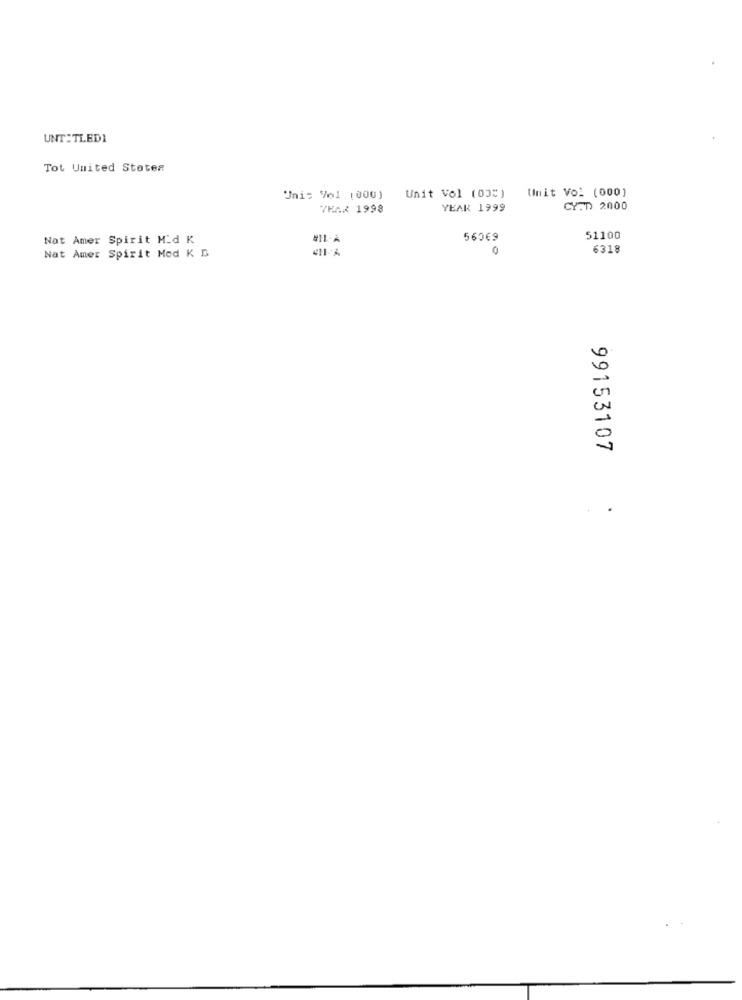
UNTITLED1
Tot United Stoter
Unit Vol (035)
Unis 9o1 (000)
Unit Vol (000)
TRAx 1998
YEAR 1999
CY.D. 2000
Nat Amer Spirit Mid K
560€9
51100
411-4
0
6318
Nat Amer Spirit Med K D
99153107